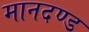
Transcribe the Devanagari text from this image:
मानदण्‍ड